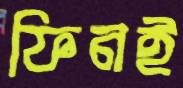
ফিনই